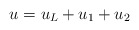
\begin{align*}u=u_{L}+u_{1}+u_{2}\end{align*}